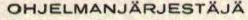
OHJELMANJÄRJESTÄJÄ